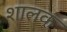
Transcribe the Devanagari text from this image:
शालक